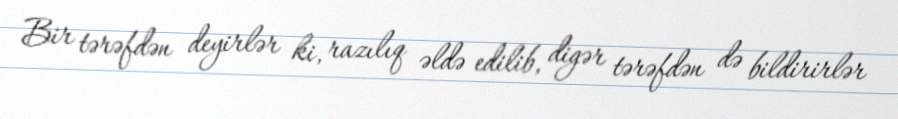
Bir tərəfdən deyirlər ki, razılıq əldə edilib, digər tərəfdən də bildirirlər